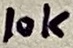
Text: 10k